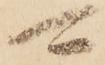
可